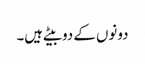
دونوں کے دوبیٹے ہیں۔